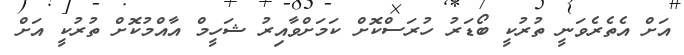
އަށް އެތެރެވަނީ ތުރުކީ ބޯޑަރު ހުރަސްކޮށް ކަމަށްވާއިރު ޝަހީމް އާއްމުކޮށް ތުރުކީ އަށް